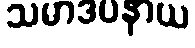
သမာဒပနာယ